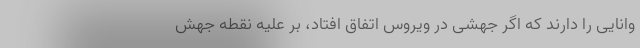
وانایی را دارند که اگر جهشی در ویروس اتفاق افتاد، بر علیه نقطه جهش